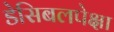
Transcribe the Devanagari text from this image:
डेसिबलपेक्षा